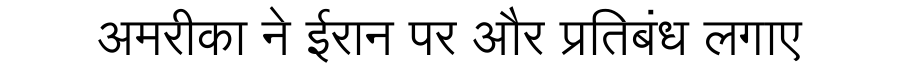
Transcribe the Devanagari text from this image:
अमरीका ने ईरान पर और प्रतिबंध लगाए